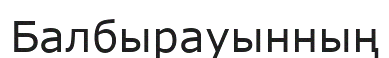
Балбырауынның